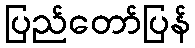
ပြည်တော်ပြန်